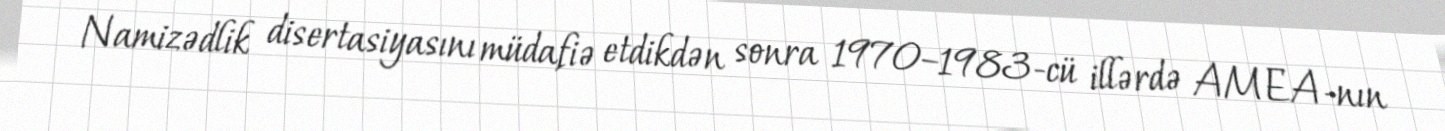
Namizədlik disertasiyasını müdafiə etdikdən sonra 1970–1983-cü illərdə AMEA-nın